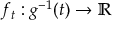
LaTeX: f _ { t } : g ^ { - 1 } ( t ) \to \mathbb { R }